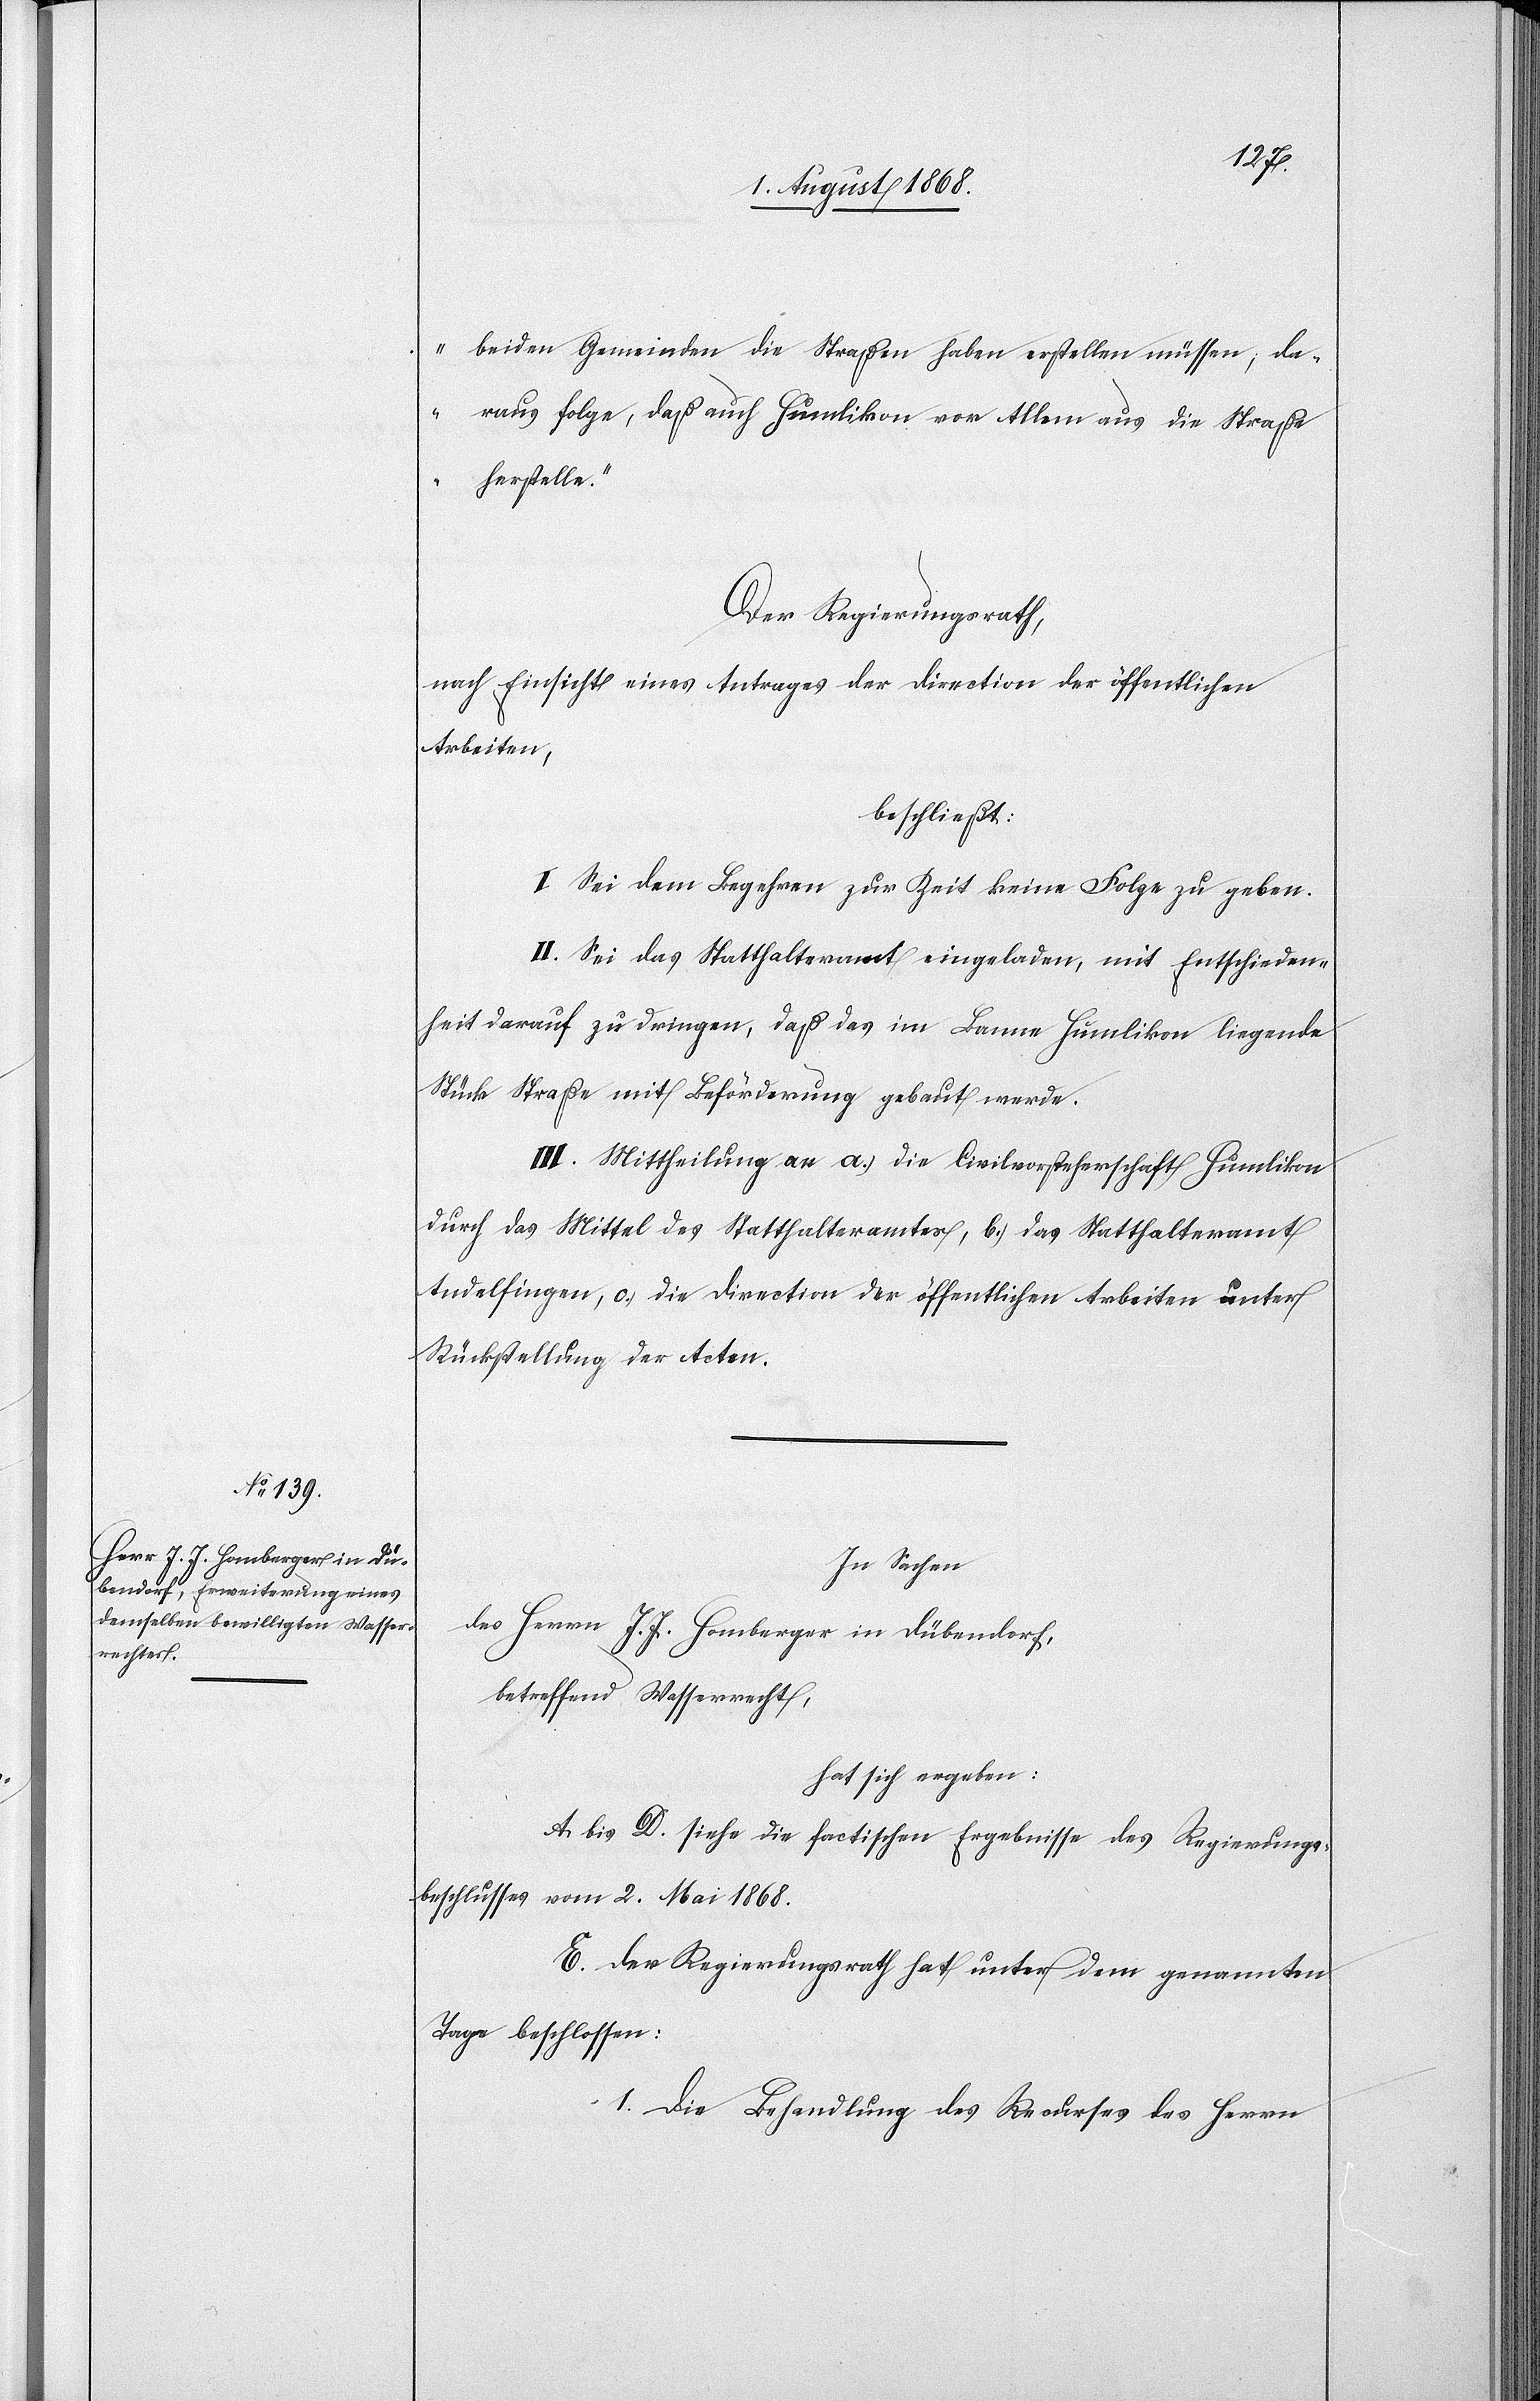
beiden Gemeinden die Straßen haben erstellen müssen; da¬
raus folge, daß auch Humlikon vor Allem aus die Straße
herstelle.“
Der Regierungsrath,
nach Einsicht eines Antrages der Direction der öffentlichen
Arbeiten,
beschließt:
I. Sei dem Begehren zur Zeit keine Folge zu geben.
II. Sei das Statthalteramt eingeladen, mit Entschieden¬
heit darauf zu dringen, daß das im Banne Humlikon liegende
Stück Straße mit Beförderung gebaut werde.
III. Mittheilung an a.) die Civilvorsteherschaft Humlikon
durch das Mittel des Statthalteramtes, b.) das Statthalteramt
Andelfingen, c.) die Direction der öffentlichen Arbeiten unter
Rückstellung der Acten.
In Sachen
des Herrn J. J. Homberger in Dübendorf,
betreffend Wasserrecht,
hat sich ergeben:
A bis D. siehe die factischen Ergebnisse des Regierungs¬
beschlusses vom 2. Mai 1868.
E. Der Regierungsrath hat unter dem genannten
Tage beschlossen:
1. Die Behandlung des Recurses des Herrn